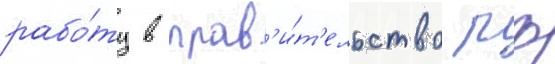
рабо́ту в прав'и́т'ельство рф